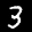
Label: 3